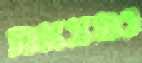
נמצאת